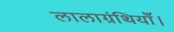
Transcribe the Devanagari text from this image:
लालाग्रंथियाँ।